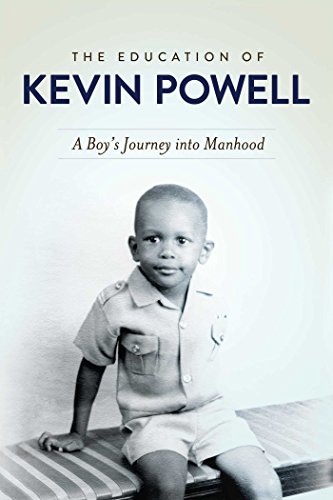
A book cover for The Education of Kevin Powell: A Boy's Journey into Manhood; Kevin Powell; Biographies & Memoirs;